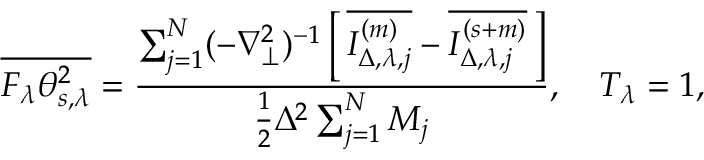
\overline { { F _ { \lambda } \theta _ { s , \lambda } ^ { 2 } } } = \frac { \sum _ { j = 1 } ^ { N } ( - \nabla _ { \perp } ^ { 2 } ) ^ { - 1 } \left[ \, { \overline { { I _ { \Delta , \lambda , j } ^ { ( m ) } } } - \overline { { I _ { \Delta , \lambda , j } ^ { ( s + m ) } } } } \, \right] } { \frac { 1 } { 2 } \Delta ^ { 2 } \sum _ { j = 1 } ^ { N } M _ { j } } , \quad T _ { \lambda } = 1 ,